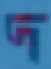
দ